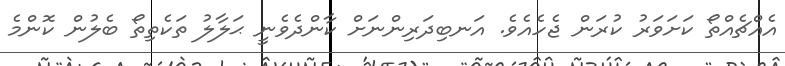
އެއްޗެއްތޯ ކަށަވަރު ކުރަން ޖެހެއެވެ. އަނބިދަރިންނަށް ކާންދެވެނީ ޙަލާލު ތަކެތިތޯ ބެލުން ކޮންމެ